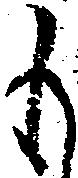
も